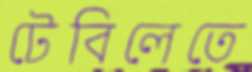
টেবিলেতে